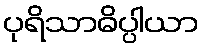
ပုရိသာဓိပ္ပါယာ